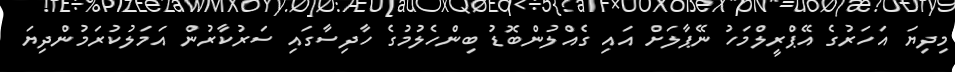
މިދިޔަ އަހަރުގެ އޭޕްރީލްމަހު ނޭޕާލަށް އައި ގެއްލުންބޮޑު ބިންހެލުމުގެ ހާދިސާގައި ސަރުކާރުން އަމަލުކުރަމުންދިޔަ